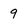
Character: 9